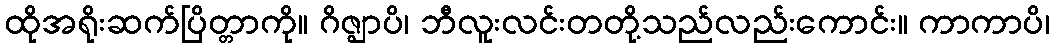
ထိုအရိုးဆက်ပြိတ္တာကို။ ဂိဇ္ဈာပိ၊ ဘီလူးလင်းတတို့သည်လည်းကောင်း။ ကာကာပိ၊